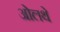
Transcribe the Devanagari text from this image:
ओलथे